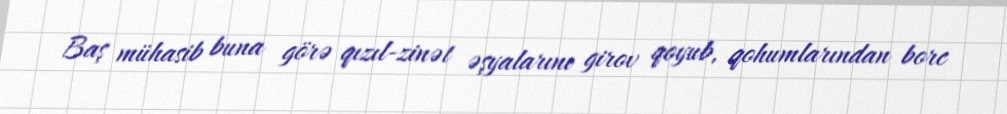
Baş mühasib buna görə qızıl-zinət əşyalarını girov qoyub, qohumlarından borc